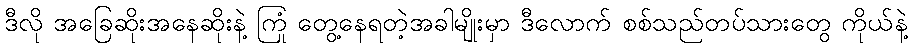
ဒီလို အခြေဆိုးအနေဆိုးနဲ့ ကြုံ တွေ့နေရတဲ့အခါမျိုးမှာ ဒီလောက် စစ်သည်တပ်သားတွေ ကိုယ်နဲ့